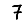
Digit: 7